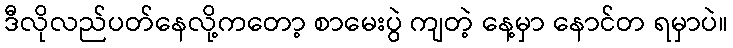
ဒီလိုလည်ပတ်နေလို့ကတော့ စာမေးပွဲ ကျတဲ့ နေ့မှာ နောင်တ ရမှာပဲ။